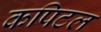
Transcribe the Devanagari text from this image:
कपिटल